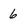
Character: 6